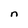
Character: n